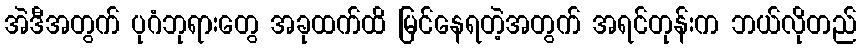
အဲဒီအတွက် ပုဂံဘုရားတွေ အခုထက်ထိ မြင်နေရတဲ့အတွက် အရင်တုန်းက ဘယ်လိုတည်